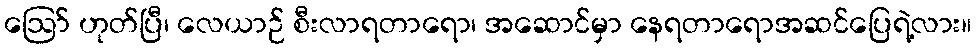
ဪ ဟုတ်ပြီ၊ လေယာဉ် စီးလာရတာရော၊ အဆောင်မှာ နေရတာရောအဆင်ပြေရဲ့လား။